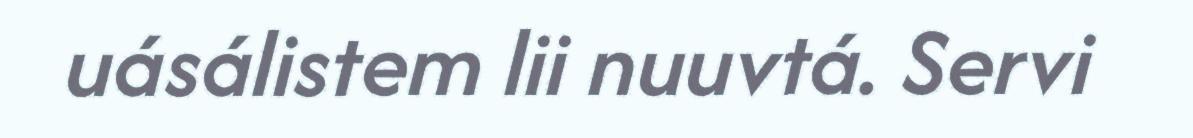
uásálistem lii nuuvtá. Servi